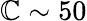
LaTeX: \mathbb{C}\sim50